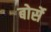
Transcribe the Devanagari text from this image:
बोर्से